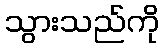
သွားသည်ကို